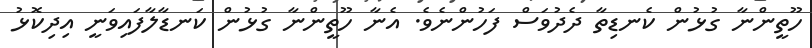
ހޫތީންނާ ގުޅުން ކެނޑިތާ ދެދުވަސް ފަހުންނެވެ. އެނާ ހޫތީންނާ ގުޅުން ކަނޑާލާފައިވަނީ އިދިކޮޅު